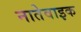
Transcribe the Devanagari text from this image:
नातेवाइक